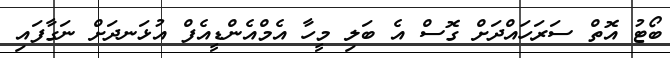
ބޯޓު އޮތް ސަރަހައްދަށް ގޮސް އެ ބަލި މީހާ އެމްއެންޑީއެފް އުޅަނދަށް ނަގާފައި